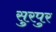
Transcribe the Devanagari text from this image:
सुरपुर